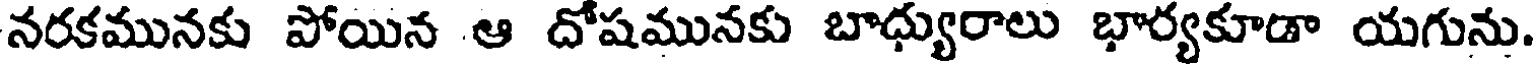
నరకమునకు పోయిన ఆ దోషమునకు బాధ్యురాలు భార్యకూడా యగును.